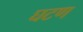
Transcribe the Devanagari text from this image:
घटण